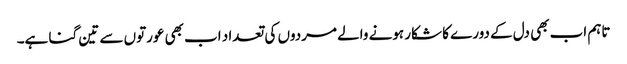
تاہم اب بھی دل کے دورے کا شکار ہونے والے مردوں کی تعداد اب بھی عورتوں سے تین گنا ہے۔